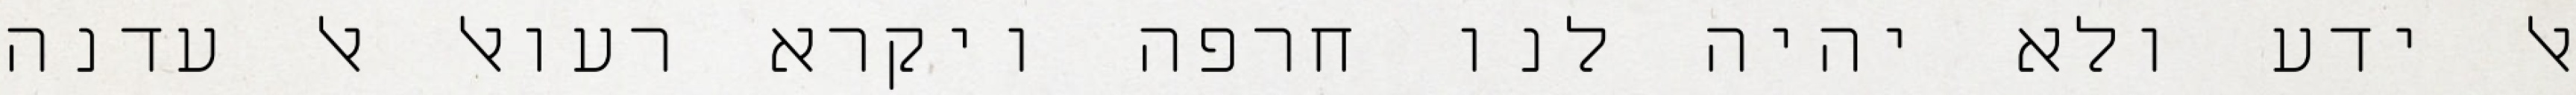
אל ידע ולא יהיה לנו חרפה ויקרא רעואל אל עדנה